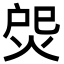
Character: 焈